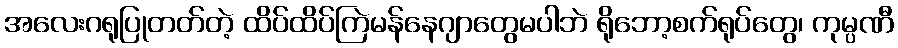
အလေးဂရုပြုတတ်တဲ့ ထိပ်ထိပ်ကြဲမန်နေဂျာတွေမပါဘဲ ရိုဘော့စက်ရုပ်တွေ၊ ကုမ္ပဏီ